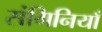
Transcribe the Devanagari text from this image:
संगिनियाँ